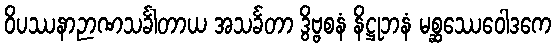
ဝိပဿနာဉာဏသင်္ခါတာယ အသင်္ခတာ ဒွိဗ္ဗစနံ နိဋ္ဌုဘနံ မစ္ဆဿေဝေါဒကေ